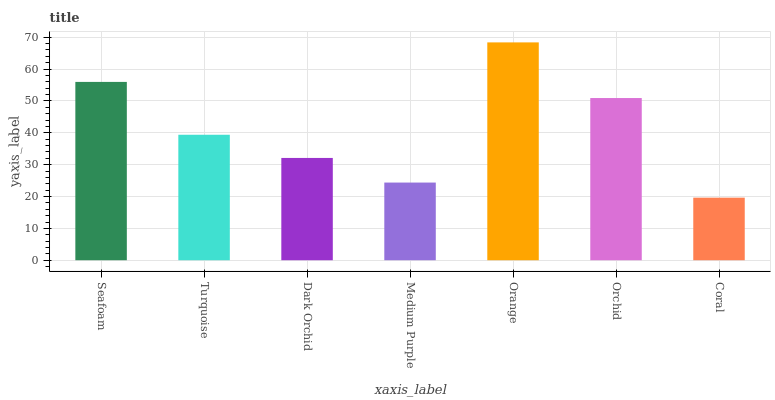
| xaxis_label | bars |
 | --- | --- |
 | Seafoam | 56 |
 | Turquoise | 39.4 |
 | Dark Orchid | 32.1 |
 | Medium Purple | 24.4 |
 | Orange | 68.4 |
 | Orchid | 50.9 |
 | Coral | 19.6 |